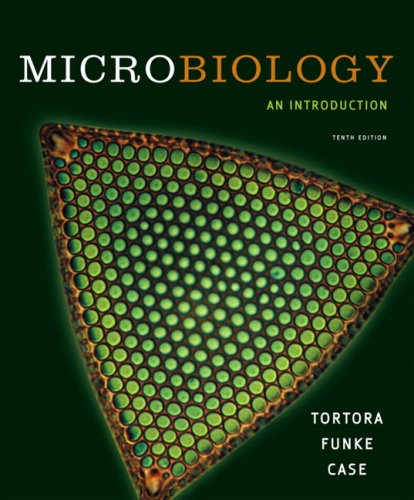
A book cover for Microbiology: An Introduction with MyMicrobiologyPlace Website (10th Edition); Gerard J. Tortora; Medical Books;